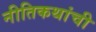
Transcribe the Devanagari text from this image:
नीतिकथांची